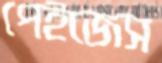
পেইজেস